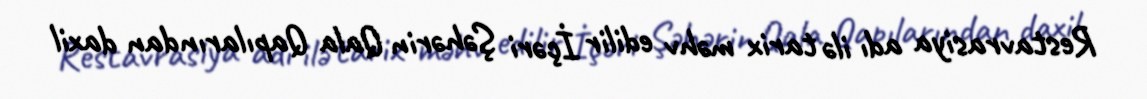
Restavrasiya adı ilə tarix məhv edilir İçəri Şəhərin Qala Qapılarından daxil